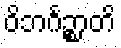
ဝိဘင်္ဂဉ္စာတိ